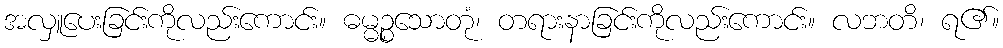
အလှူပေးခြင်းကိုလည်းကောင်း။ ဓမ္မဉ္စသောတုံ၊ တရားနာခြင်းကိုလည်းကောင်း။ လဘတိ၊ ရ၏။